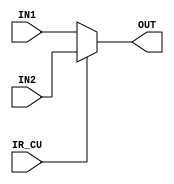
module Multiplexer(input [31:0] IN1,IN2,input IR_CU,output [31:0] OUT);
assign OUT = IR_CU ? IN2 : IN1 ; 
endmodule